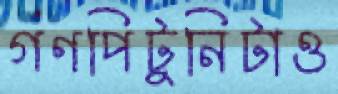
গণপিটুনিটাও